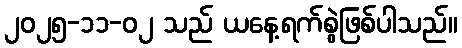
၂၀၂၅-၁၁-၀၂ သည် ယနေ့ရက်စွဲဖြစ်ပါသည်။